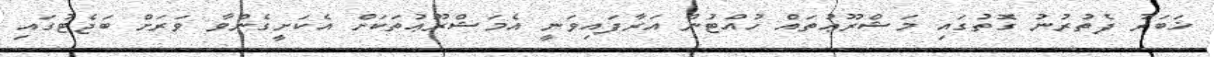
ޚަބަރު ފެތުރުނު ގޮތުގައި މަޝްރޫޢުތައް ހުއްޓުން އަރާފައިވަނީ އެމަޝްރޫޢުތަކަށް އެކަށީގެންވާ ވަރަށް ބަޖެޓުގައި